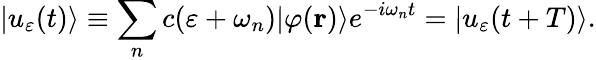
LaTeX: |u_{\varepsilon}(t)\rangle\equiv\sum_{n}c(\varepsilon+\omega_{n})|\varphi({\mathbf r})\rangle e^{-i\omega_{n}t}=|u_{\varepsilon}(t+T)\rangle.